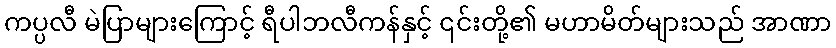
ကပ္ပလီ မဲပြာများကြောင့် ရီပါဘလီကန်နှင့် ၎င်းတို့၏ မဟာမိတ်များသည် အာဏာ